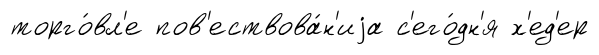
торго́вл'е пов'ествова́н'иjа с'его́дн'я х'ед'ер